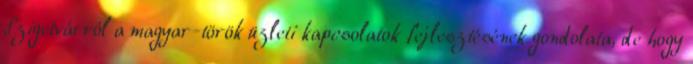
Szigetvárról a magyar-török üzleti kapcsolatok fejlesztésének gondolata, de hogy